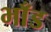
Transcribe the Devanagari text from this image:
भाँड